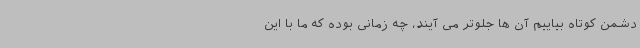
دشمن کوتاه بیاییم آن ها جلوتر می آیند، چه زمانی بوده که ما با این